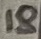
Text: 18